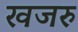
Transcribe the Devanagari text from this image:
खजरु